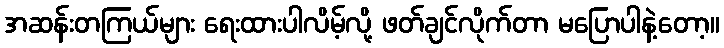
အဆန်းတကြယ်များ ရေးထားပါလိမ့်လို့ ဖတ်ချင်လိုက်တာ မပြောပါနဲ့တော့။